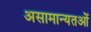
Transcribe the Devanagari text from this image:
असामान्यतओं